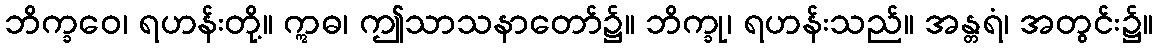
ဘိက္ခဝေ၊ ရဟန်းတို့။ ဣဓ၊ ဤသာသနာတော်၌။ ဘိက္ခု၊ ရဟန်းသည်။ အန္တရံ၊ အတွင်း၌။